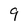
Character: 9